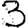
Digit: 3